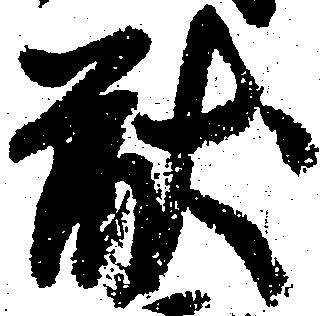
猷